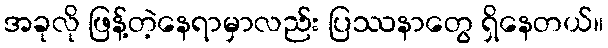
အခုလို ဖြန့်တဲ့နေရာမှာလည်း ပြဿနာတွေ ရှိနေတယ်။